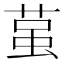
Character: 𮏲